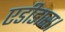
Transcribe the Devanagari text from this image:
एडीडास।